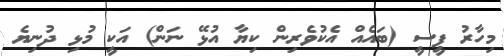
މިހާރު ޕީސީ (ބައެއް އެކުވެރިން ކިޔާ އުޅޭ ނަން) އަކީ މުޅި ދުނިޔެ